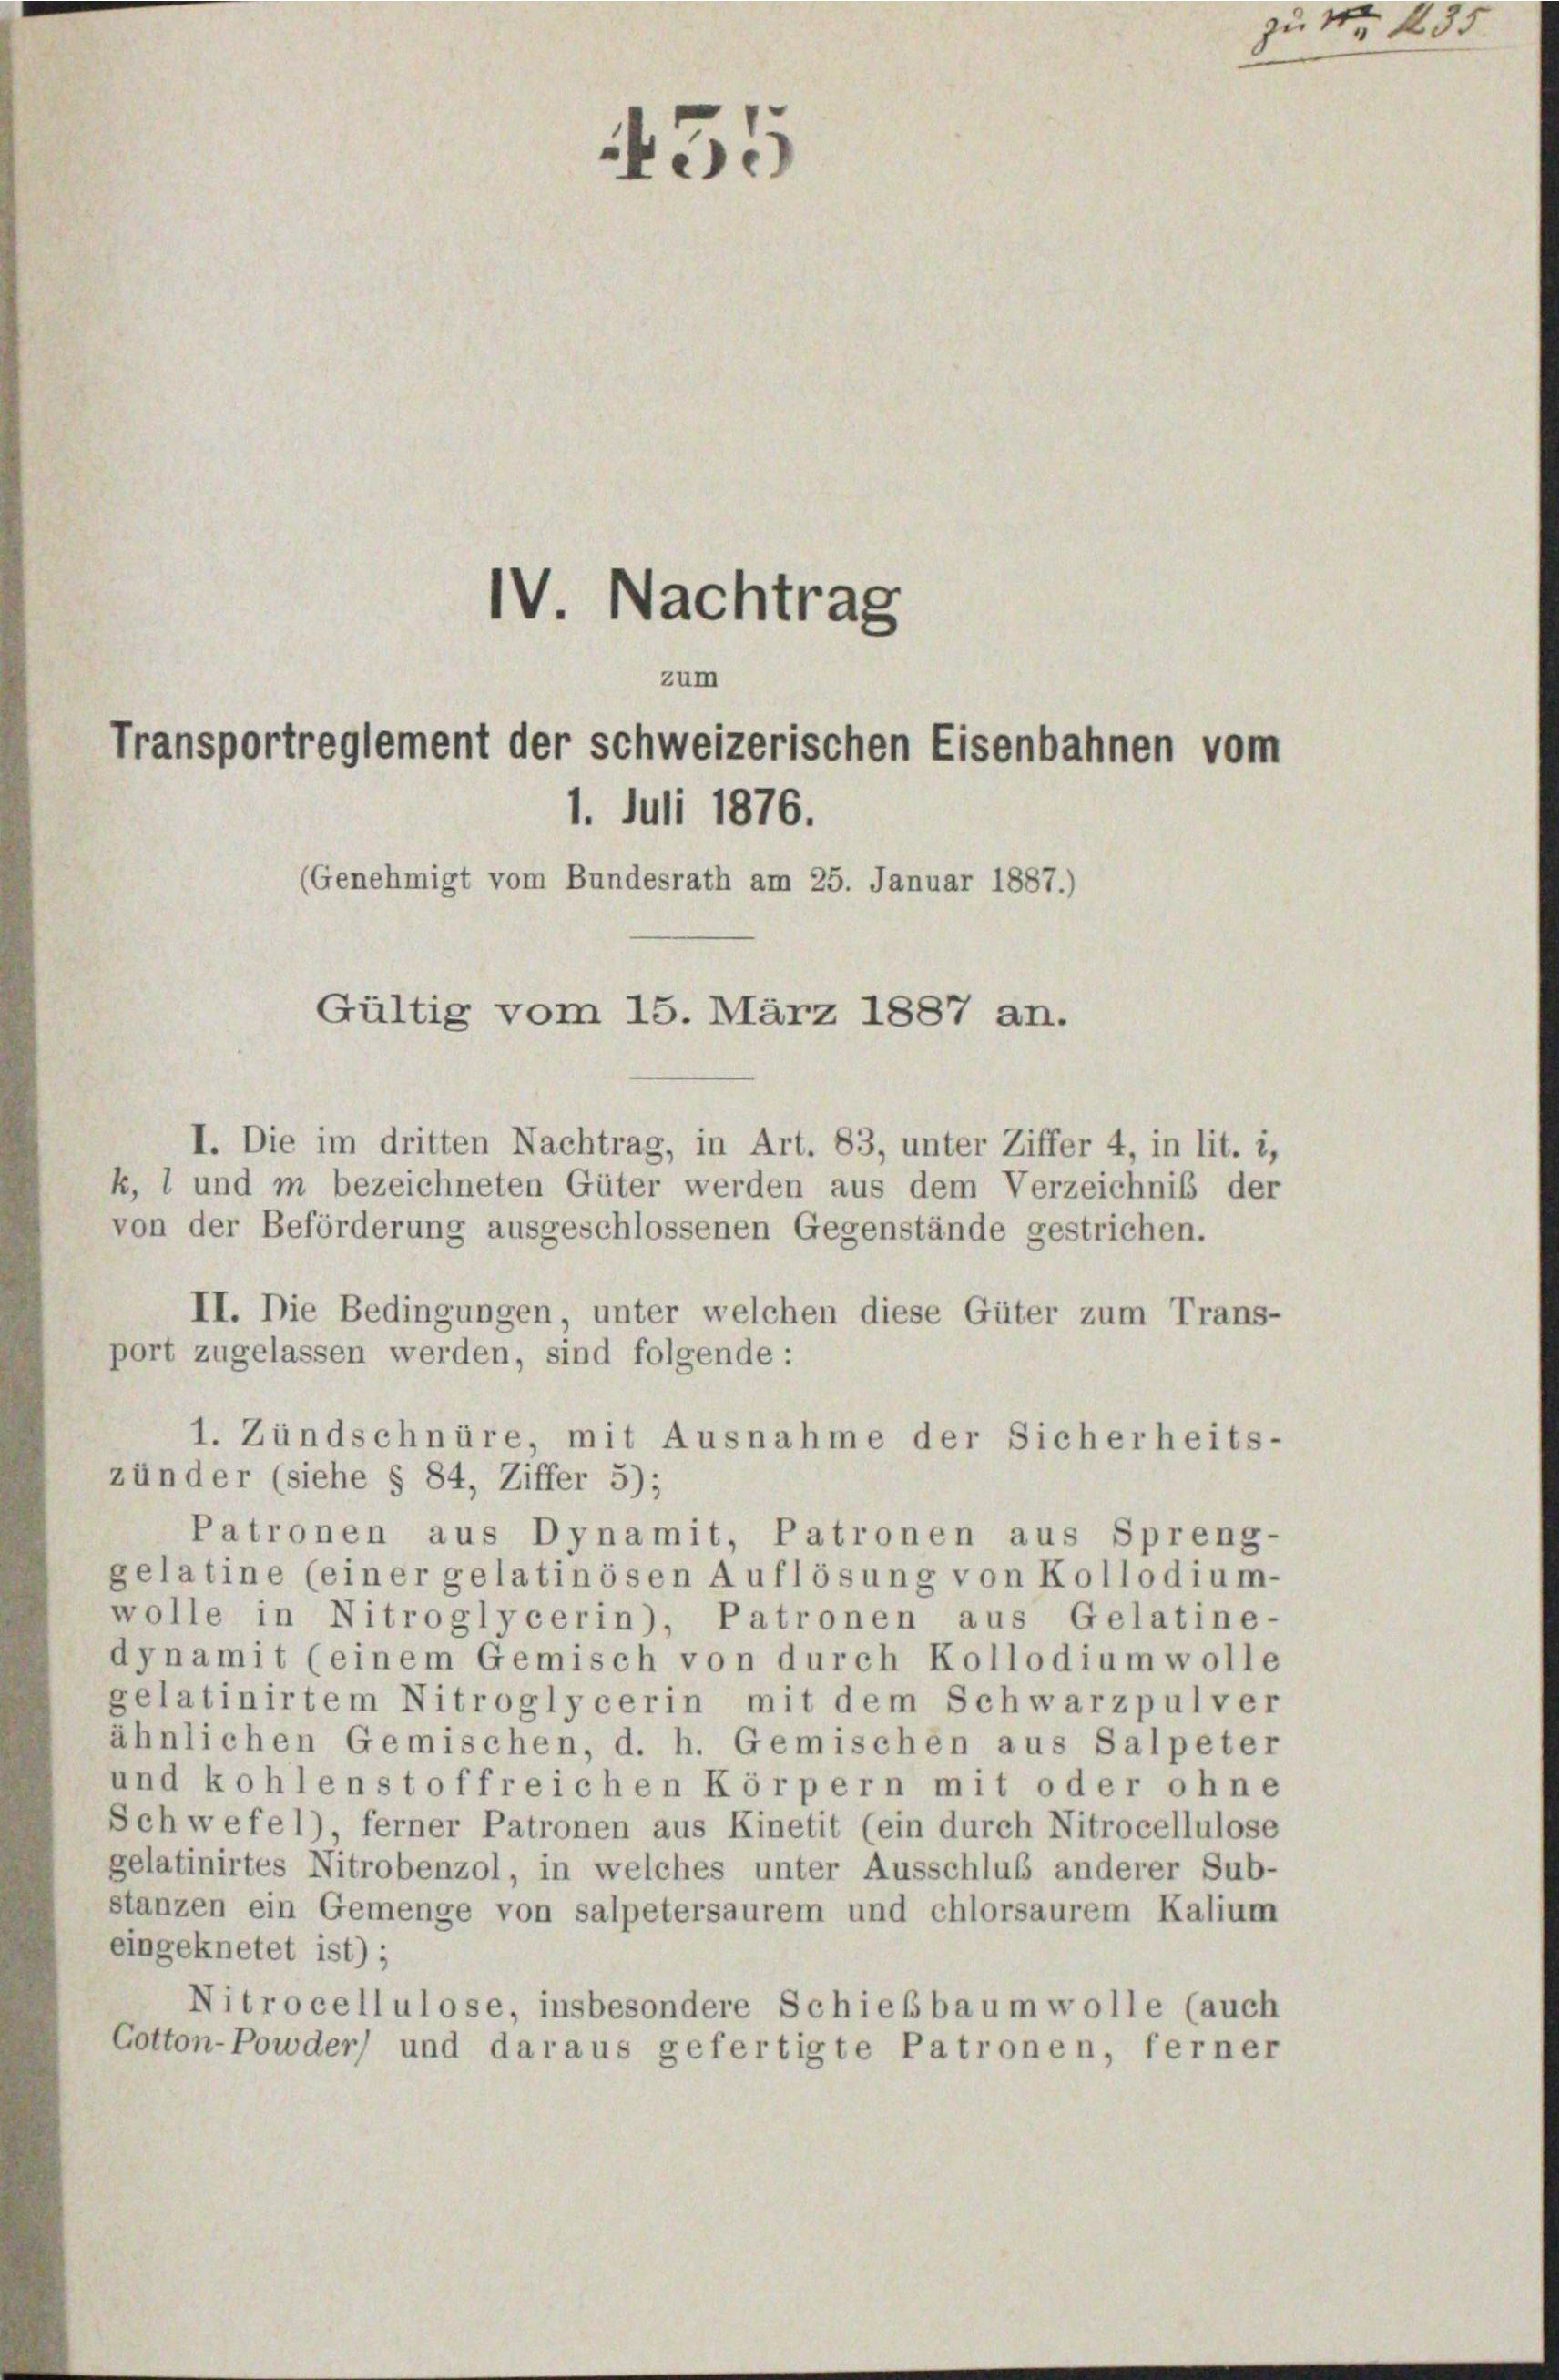
IV. Nachtrag
zum
Transportreglement der schweizerischen Eisenbahnen vom
1. Juli 1876.
(Genehmigt vom Bundesrath am 25. Januar 1887.)
Gültig vom 15. März 1887 an.

I. Die im dritten Nachtrag, in Art. 83, unter Ziffer 4, in lit. i,
k, l und in bezeichneten Güter werden aus dem Verzeichnis der
von der Beförderung ausgeschlossenen Gegenstände gestrichen.
II. Die Bedingungen, unter welchen diese Güter zum Trans-
port zugelassen werden, sind folgende:
1. Zündschnüre, mit Ausnahme der Sicherheits-
zünder (siehe § 84, Ziffer 5);
Patronen aus Dynamit, Patronen aus Spreng-
gelatine (einer gelatinösen Auflösung von Kollodium-
wolle in Nitroglycerin), Patronen aus Gelatine-
dynamit (einem Gemisch von durch Kollodium wolle
gelatinirtem Nitroglycerin mit dem Schwarzpulver
ähnlichen Gemischen, d. h. Gemischen aus Salpeter
und kohlenstoffreichen Körpern mit oder ohne
Schwefel), ferner Patronen aus Kinetit (ein durch Nitrocellulose
gelatinirtes Nitrobenzol, in welches unter Ausschluß anderer Sub-
stanzen ein Gemenge von salpetersaurem und chlorsaurem Kalium
eingeknetet ist);
Nitrocellulose, insbesondere Schießbaumwolle (auch
Cotton-Powder) und daraus gefertigte Patronen, ferner

i
.
Lee

zu 1 435.